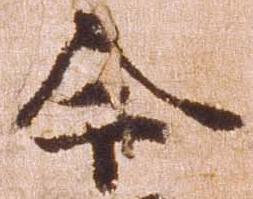
今